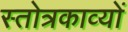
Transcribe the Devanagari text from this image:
स्तोत्रकाव्यों